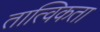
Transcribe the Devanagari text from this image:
तात्विकता